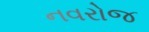
નવરોજ